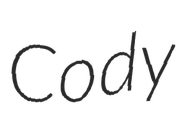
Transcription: Cody